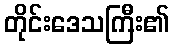
တိုင်းဒေသကြီး၏